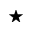
\star